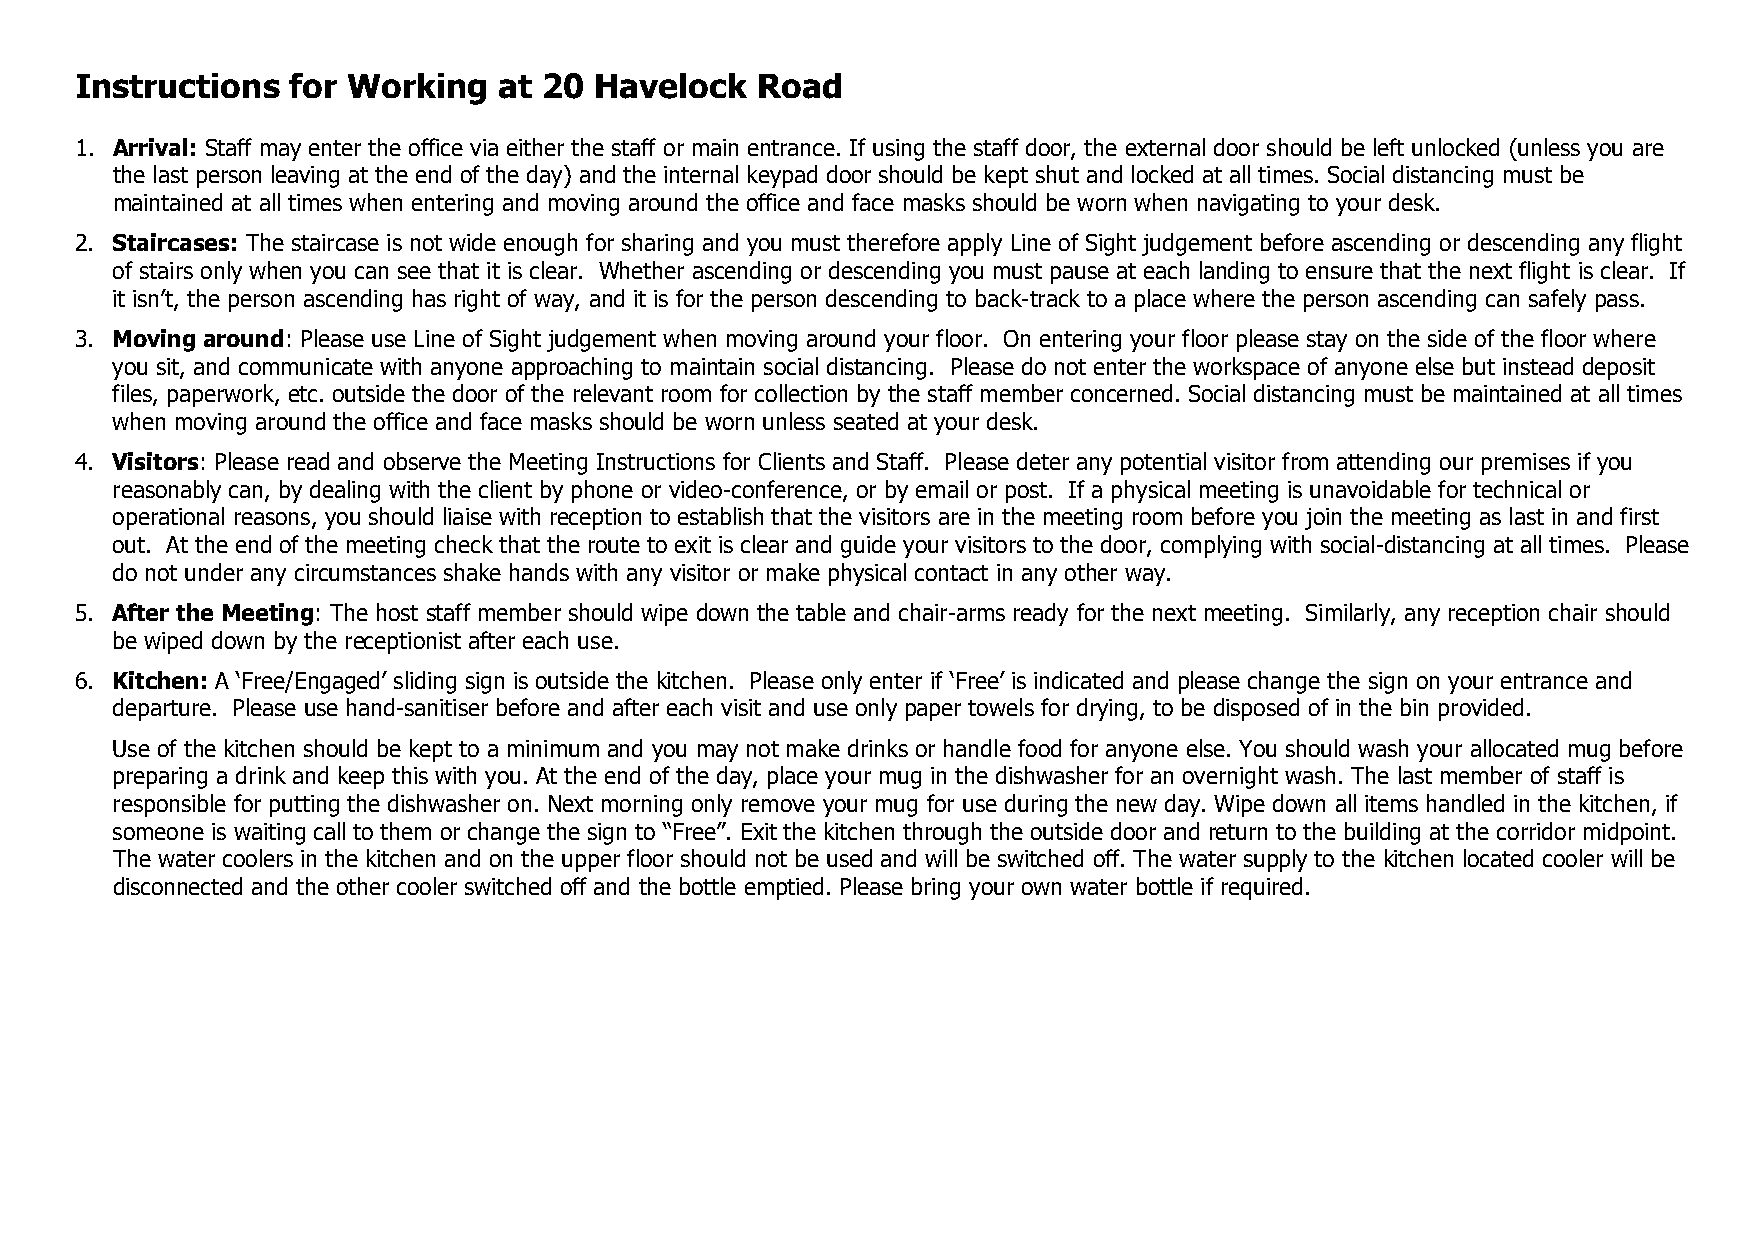
Instructions  for Working   at 20 Havelock   Road
 1. Arrival: Staff may enter the office via either the staff or main entrance. If using the staff door, the external door should be left unlocked (unless you are
 the last person leaving at the end of the day) and the internal keypad door should be kept shut and locked at all times. Social distancing must be
 maintained at all times when entering and moving around the office and face masks should be worn when navigating to your desk.
 2. Staircases: The staircase is not wide enough for sharing and you must therefore apply Line of Sight judgement before ascending or descending any flight
 of stairs only when you can see that it is clear. Whether ascending or descending you must pause at each landing to ensure that the next flight is clear. If
 it isn’t, the person ascending has right of way, and it is for the person descending to back-track to a place where the person ascending can safely pass.
 3. Moving around: Please use Line of Sight judgement when moving around your floor. On entering your floor please stay on the side of the floor where
 you sit, and communicate with anyone approaching to maintain social distancing. Please do not enter the workspace of anyone else but instead deposit
 files, paperwork, etc. outside the door of the relevant room for collection by the staff member concerned. Social distancing must be maintained at all times
 when moving around the office and face masks should be worn unless seated at your desk.
 4. Visitors: Please read and observe the Meeting Instructions for Clients and Staff. Please deter any potential visitor from attending our premises if you
 reasonably can, by dealing with the client by phone or video-conference, or by email or post. If a physical meeting is unavoidable for technical or
 operational reasons, you should liaise with reception to establish that the visitors are in the meeting room before you join the meeting as last in and first
 out. At the end of the meeting check that the route to exit is clear and guide your visitors to the door, complying with social-distancing at all times. Please
 do not under any circumstances shake hands with any visitor or make physical contact in any other way.
 5. After the Meeting: The host staff member should wipe down the table and chair-arms ready for the next meeting. Similarly, any reception chair should
 be wiped down by the receptionist after each use.
 6. Kitchen: A ‘Free/Engaged’ sliding sign is outside the kitchen. Please only enter if ‘Free’ is indicated and please change the sign on your entrance and
 departure. Please use hand-sanitiser before and after each visit and use only paper towels for drying, to be disposed of in the bin provided.
 Use of the kitchen should be kept to a minimum and you may not make drinks or handle food for anyone else. You should wash your allocated mug before
 preparing a drink and keep this with you. At the end of the day, place your mug in the dishwasher for an overnight wash. The last member of staff is
 responsible for putting the dishwasher on. Next morning only remove your mug for use during the new day. Wipe down all items handled in the kitchen, if
 someone is waiting call to them or change the sign to “Free”. Exit the kitchen through the outside door and return to the building at the corridor midpoint.
 The water coolers in the kitchen and on the upper floor should not be used and will be switched off. The water supply to the kitchen located cooler will be
 disconnected and the other cooler switched off and the bottle emptied. Please bring your own water bottle if required.